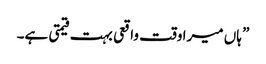
” ہاں میرا وقت واقعی بہت قیمتی ہے۔